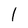
Character: 1